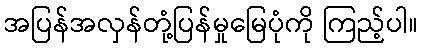
အပြန်အလှန်တုံ့ပြန်မှုမြေပုံကို ကြည့်ပါ။